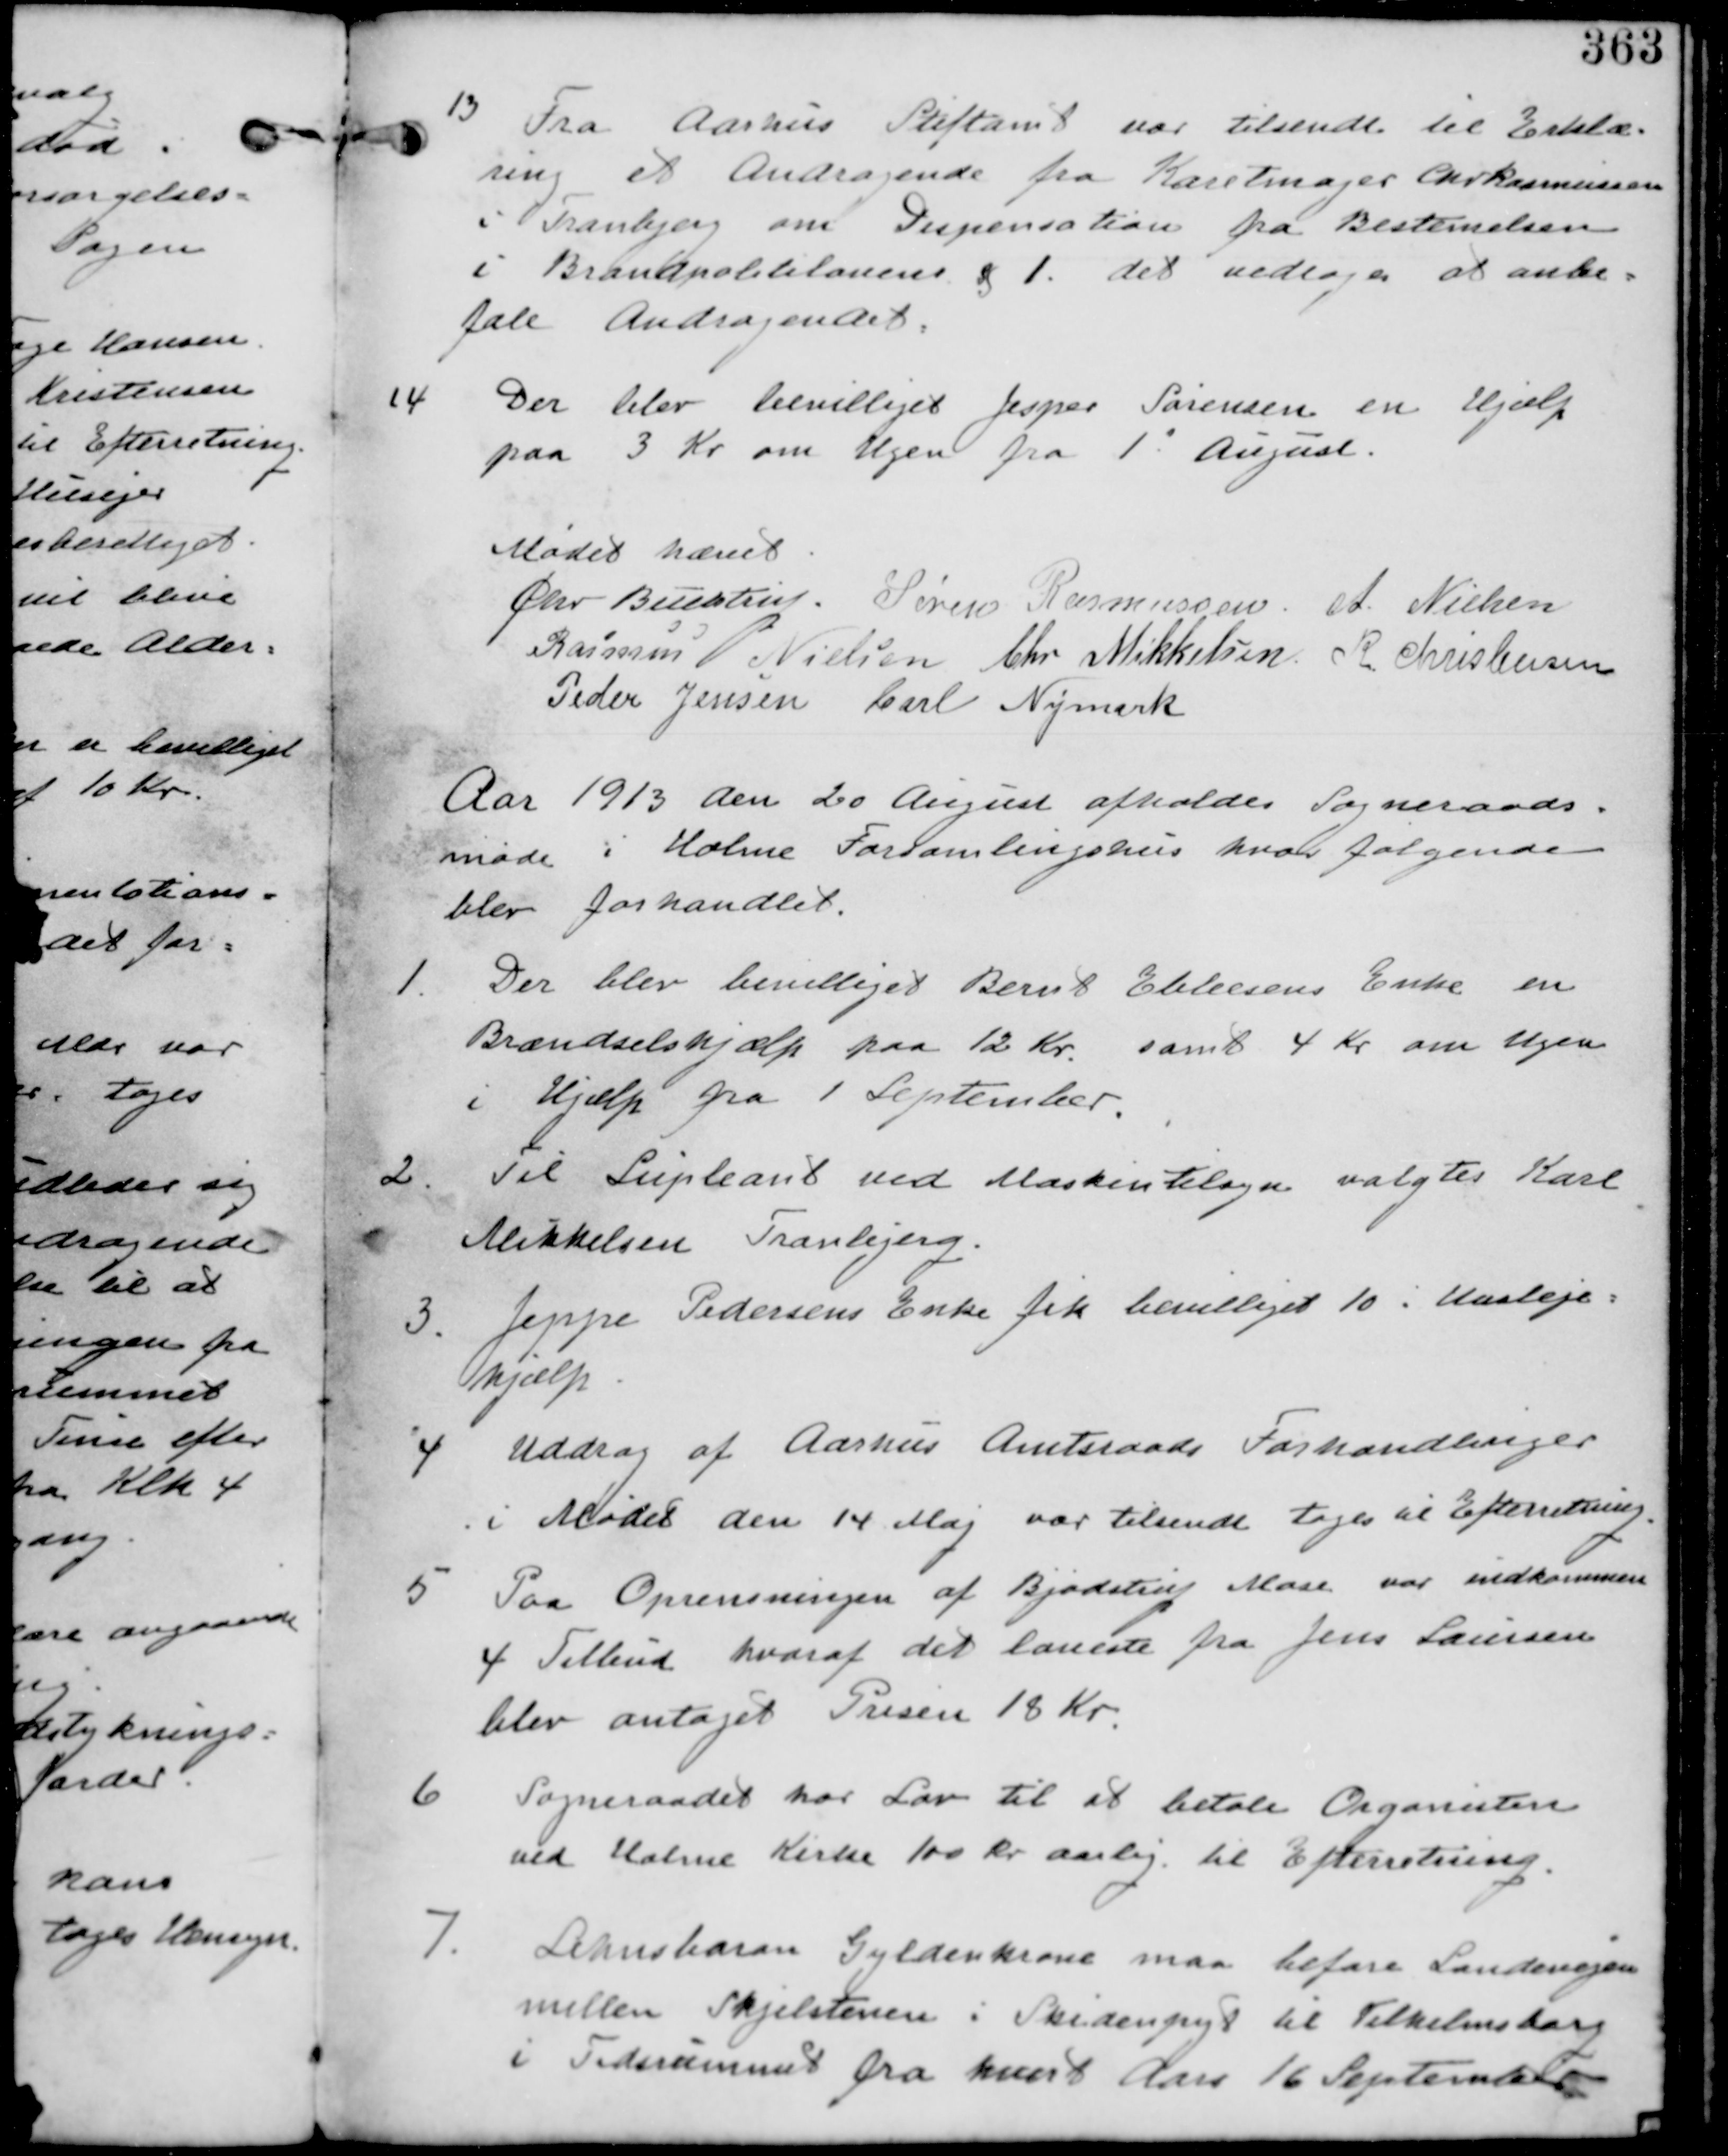
Transskription:
13 Fra Aarhus Stiftamt var tilsendt til Erklæ-
ring et Andragende fra Karetmager Chr Rasmussen
i Tranbjerg om Dispensation fra Bestemmelsen
i Brandpolitilovens §1. det vedtages at anbe-
fale Andragenet.

14 Der blev bevilliget Jesper Sørensen en Hjælp
paa 3 Kr om Ugen fra 1 August.

Mødet hævet
Chr Buchtrup. Søren Rasmussen. A. Nielsen
Rasmus P Nielsen Chr Mikkelsen R. Christensen
Peder Jensen Carl Nymark

Aar 1913 den 20 August afholdes Sogneraads-
møde i Holme Forsamlingshus hvor følgende
blev forhandlet.

1. Der blev bevilliget Bernt Ebbesens Enke en
Brændselshjælp paa 12 Kr. samt 4 Kr om Ugen
i Hjælp fra 1 September.

2. Til Supleant ved Maskintilsyn valgtes Karl
Mikkelsen Tranbjerg.

3. Jeppe Pedersens Enke fik bevilliget 10 i Husleje-
hjælp.

4 Uddrag af Aarhus Amtsraads Forhandlinger
i Mødet den 14 Maj var tilsendt tages til Efterretning.

5 Paa Oprensningen af Bjødstrup Mose var indkommen
4 Tilbud hvoraf det laveste fra Jens Laursen
blev antaget Prisen 18 Kr.

6 Sogneraadet har Lov til at betale Organisten
ved Holme Kirke 100 Kr aarlig til Efterretning

7. Lehnsbaron Gyldenkrone maa befare Landevejen
mellem Skjelstenene i Skidenpyt til Vilhelmsborg
i Tidsrummet fra hvert Aar 16 September